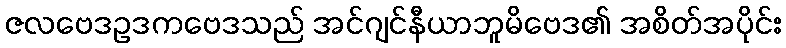
ဇလဗေဒဥဒကဗေဒသည် အင်ဂျင်နီယာဘူမိဗေဒ၏ အစိတ်အပိုင်း